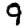
Digit: 9